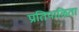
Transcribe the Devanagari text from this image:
प्रतिपाळिता